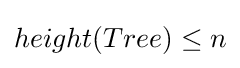
height(Tree)\leq n